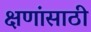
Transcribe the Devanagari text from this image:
क्षणांसाठी